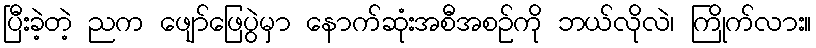
ပြီးခဲ့တဲ့ ညက ဖျော်ဖြေပွဲမှာ နောက်ဆုံးအစီအစဉ်ကို ဘယ်လိုလဲ၊ ကြိုက်လား။